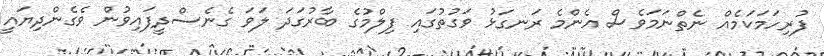
ފުރިހަމަކަމެއް ނެތްނަމަވެސް އެންމެ ރަނގަޅު ވަގުތުގައި ފިލްމުގެ ބާރުގަދަ ލަވަ ގެނެސްދީފައިވުން ވެގެންދިޔައީ